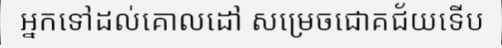
អ្នកទៅដល់គោលដៅ សម្រេចជោគជ័យទើប